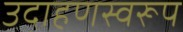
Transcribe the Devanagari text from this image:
उदाहणस्वरूप